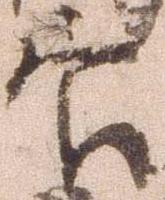
官